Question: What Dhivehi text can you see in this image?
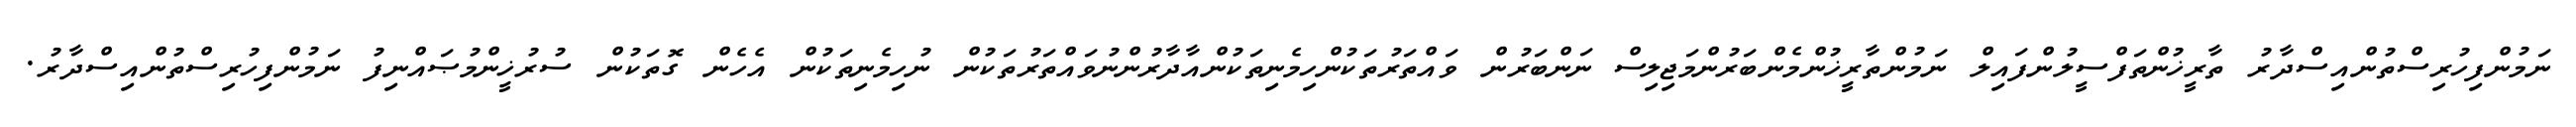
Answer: ނަމުންފިހުރިސްތުންއިސްދާރު ތާރީޚުންތަފްސީލުންފައިލް ނަމުންތާރީޚުންމެންބަރުންމަޖިލިސް ނަންބަރުން ވައްތަރުތަކުންހިމެނިތަކުންއާދާރުންނުވައްތަރުތަކުން ނުހިމެނިތަކުން އެހެން ގޮތަކުން ސުރުޚީންމުޞައްނިފު ނަމުންފިހުރިސްތުންއިސްދާރު.